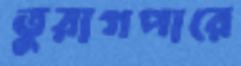
তুরাগপারে